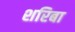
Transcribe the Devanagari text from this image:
शरिबा